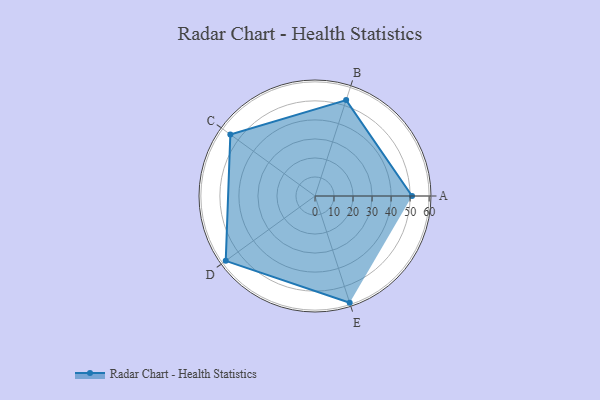
{"axis": {"x": "Skill", "y": "Score"}, "legend": ["Profile"], "data": [{"x": "A", "y": 51.0, "type": "Profile"}, {"x": "B", "y": 53.0, "type": "Profile"}, {"x": "C", "y": 55.0, "type": "Profile"}, {"x": "D", "y": 58.0, "type": "Profile"}, {"x": "E", "y": 59.0, "type": "Profile"}]}